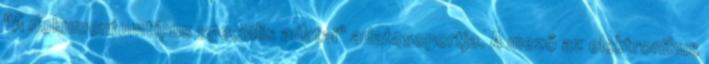
"A dokumentumtípus speciális adatai" adatcsoportja. A mező az elektronikus